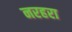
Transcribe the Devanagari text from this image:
नरहरा